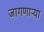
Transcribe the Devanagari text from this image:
जागणाऱ्या